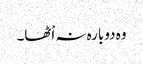
وہ دوبارہ نہ اْٹھا۔